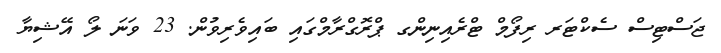
ޖަސްޓިސް ސެކްޓަރ ރިފޯމް ޓްރެއިނިންގ ޕްރޮގްރާމްގައި ބައިވެރިވުން. 23 ވަނަ ލޯ އޭޝިޔާ